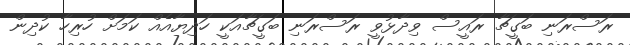
ރަސްރަނި ބަގީޗާ ރައީސް ވިދާޅުވީ ރަސްރަނި ބަގީޗާއަކީ ހަދިޔާއެއް ކަމަށް ހުރިހާ ކުދިން